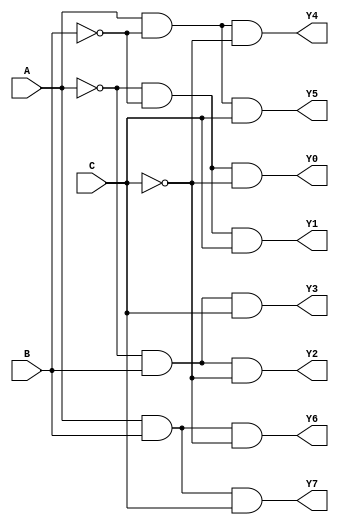
module three_to_eight_decoder (
    input A,
    input B,
    input C,
    output Y0,
    output Y1,
    output Y2,
    output Y3,
    output Y4,
    output Y5,
    output Y6,
    output Y7
);

wire notA;
wire notB;
wire notC;

not(notA,A);
not(notB,B);
not(notC,C);

and (Y0, notA, notB, notC);  // 000 -> Y0 = 1
and (Y1, notA, notB, C);     // 001 -> Y1 = 1
and (Y2, notA, B, notC);     // 010 -> Y2 = 1
and (Y3, notA, B, C);        // 011 -> Y3 = 1
and (Y4, A, notB, notC);     // 100 -> Y4 = 1
and (Y5, A, notB, C);        // 101 -> Y5 = 1
and (Y6, A, B, notC);        // 110 -> Y6 = 1
and (Y7, A, B, C);           // 111 -> Y7 = 1

endmodule